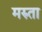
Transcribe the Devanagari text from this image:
मरुता